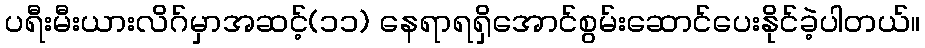
ပရီးမီးယားလိဂ်မှာအဆင့်(၁၁) နေရာရရှိအောင်စွမ်းဆောင်ပေးနိုင်ခဲ့ပါတယ်။